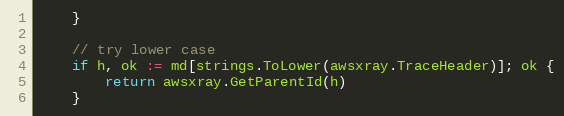
Language: Go
	}

	// try lower case
	if h, ok := md[strings.ToLower(awsxray.TraceHeader)]; ok {
		return awsxray.GetParentId(h)
	}